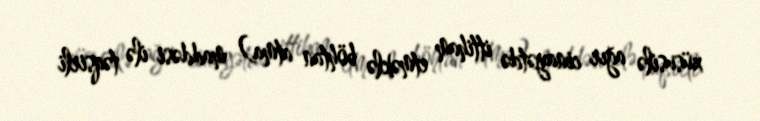
xüsusilə ağır cinayətdə ittiham etməklə böhtan atma) maddəsi ilə təqsirli